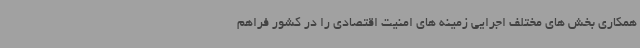
همکاری بخش های مختلف اجرایی زمینه های امنیت اقتصادی را در کشور فراهم